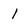
Character: 1